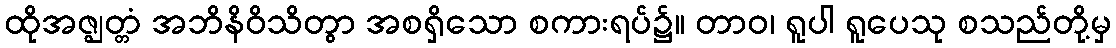
ထိုအဇ္ဈတ္တံ အဘိနိဝိသိတွာ အစရှိသော စကားရပ်၌။ တာဝ၊ ရူပါ ရူပေသု စသည်တို့မှ